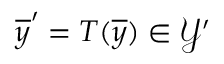
\overline { { y } } ^ { \prime } = T ( \overline { { y } } ) \in \mathcal { Y } ^ { \prime }